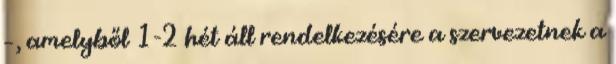
–, amelyből 1-2 hét áll rendelkezésére a szervezetnek a